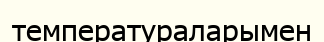
температураларымен